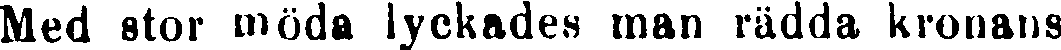
Med stor möda lyckades man rädda kronans